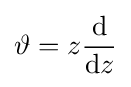
\vartheta =z{\frac {\rm {d}}{{\rm {d}}z}}